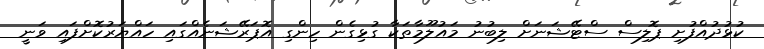
ކުޅުދުއްފުށި ޕޮލިސް ސްޓޭޝަނަށް ލިބުނު މައުލޫމާތަކާ ގުޅިގެން ހިންގި އޮޕަރޭޝަނެއްގައި ހައްޔަރުކޮށްފައި ވަނީ